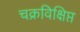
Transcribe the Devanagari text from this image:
चक्रविक्षिप्त